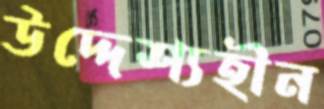
উদ্দেশ্যহীন